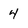
Character: 4